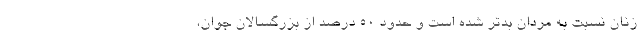
زنان نسبت به مردان بدتر شده است و حدود ۵۰ درصد از بزرگسالان جوان،